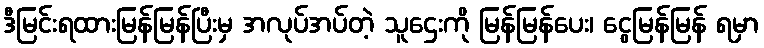
ဒီမြင်းရထားမြန်မြန်ပြီးမှ အလုပ်အပ်တဲ့ သူဌေးကို မြန်မြန်ပေး၊ ငွေမြန်မြန် ရမှာ